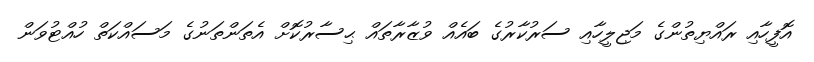
އޮފީހާއި ރައްޔިތުންގެ މަޖިިލީހާއި ސަރުކާރުގެ ބައެއް ވުޒާރާތައް ޙިސާރުކޮށް އެތަންތަނުގެ މަސައްކަތް ހުއްޓުވަން